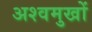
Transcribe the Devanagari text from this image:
अश्वमुखों